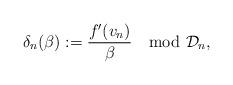
LaTeX: \begin{align*} \delta_n(\beta):= \dfrac{f'(v_n)}{\beta} \mod \mathcal{D}_n, \end{align*}